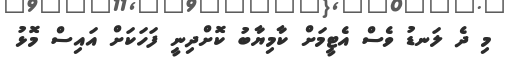
މި ދެ ލަނޑު ވެސް އެޓީމަށް ކާމިޔާބު ކޮށްދިނީ ފަހަކަށް އައިސް މޮޅު